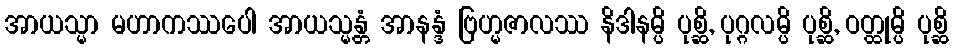
အာယသ္မာ မဟာကဿပေါ အာယသ္မန္တံ အာနန္ဒံ ဗြဟ္မဇာလဿ နိဒါနမ္ပိ ပုစ္ဆိ, ပုဂ္ဂလမ္ပိ ပုစ္ဆိ, ဝတ္ထုမ္ပိ ပုစ္ဆိ